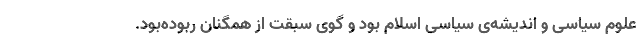
علوم سیاسی و اندیشه‌ی سیاسی اسلام بود و گوی سبقت از همگنان ربوده‌بود.